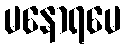
မနောရမေ